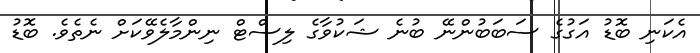
އެކަނި ބޮޑު އަގުގެ ސަބަބުންނޭ ބުނެ ޝަކުވާގެ ލިސްޓް ނިންމާލެވޭކަށް ނެތެވެ. ބޮޑު